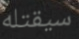
سيقتله